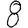
Digit: 8